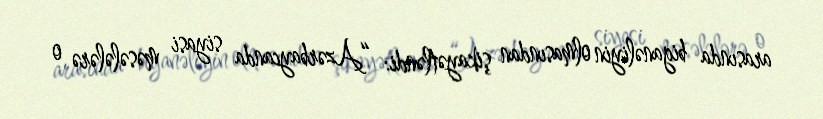
arasında biganəliyin olmasından şikayətləndi: “Azərbaycanda siyasi məsələlərə o